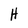
Character: H